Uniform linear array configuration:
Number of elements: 48
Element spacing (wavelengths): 0.25
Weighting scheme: hamming
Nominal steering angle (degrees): -30
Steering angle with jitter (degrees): -28.636
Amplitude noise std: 0.05
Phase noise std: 0.05

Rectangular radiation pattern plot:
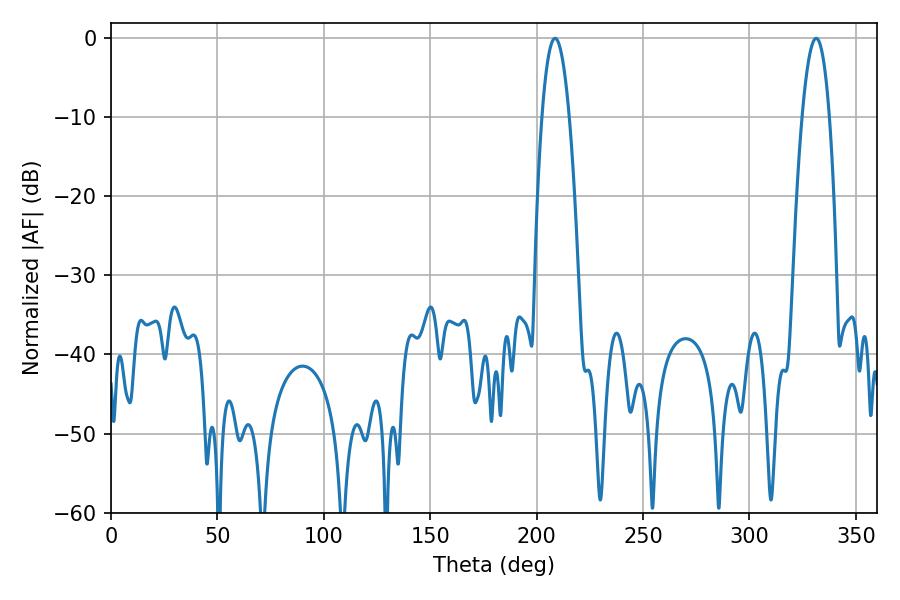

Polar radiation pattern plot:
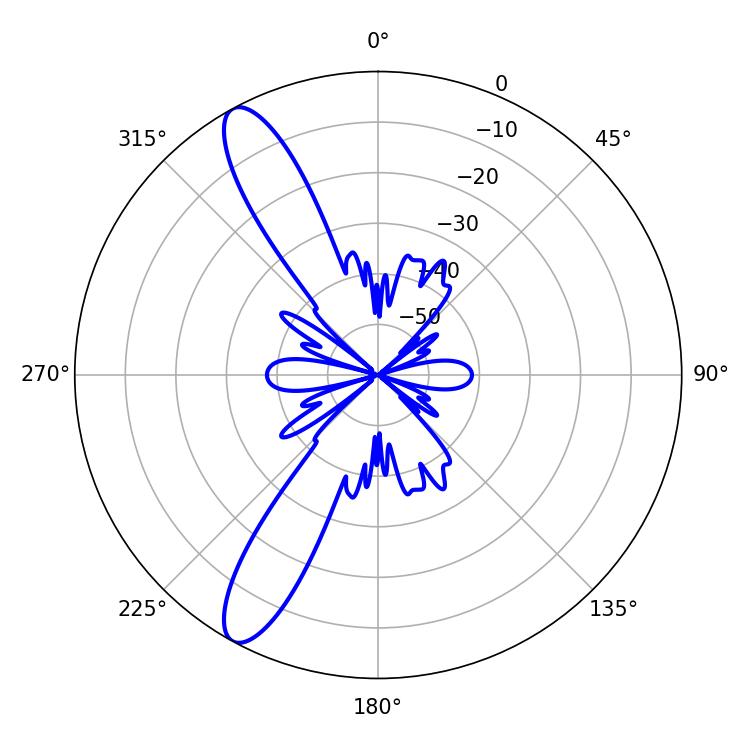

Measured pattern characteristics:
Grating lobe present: FALSE
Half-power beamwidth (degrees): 7.02
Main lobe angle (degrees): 208.62